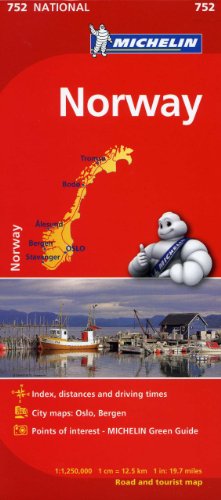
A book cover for Michelin Norway Map 752 (Maps/Country (Michelin)); Michelin Travel & Lifestyle; Travel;